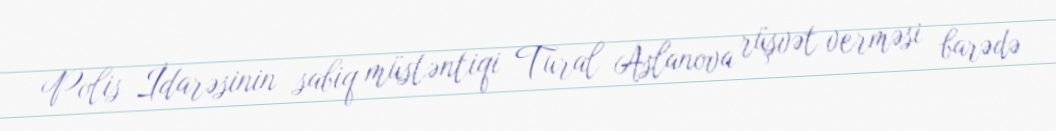
Polis İdarəsinin sabiq müstəntiqi Tural Aslanova rüşvət verməsi barədə